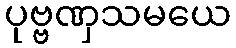
ပုဗ္ဗဏှသမယေ